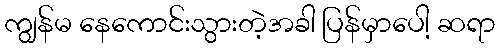
ကျွန်မ နေကောင်းသွားတဲ့အခါ ပြန်မှာပေါ့ ဆရာ